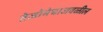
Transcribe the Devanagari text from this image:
तेजोमेघाजवळील